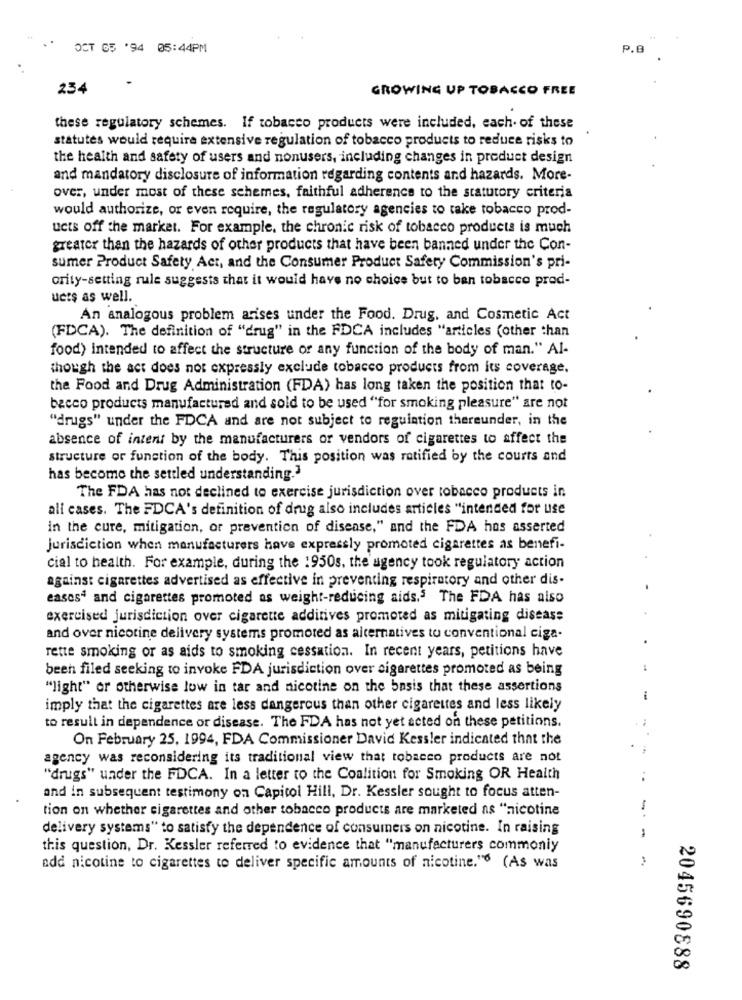
OCT 05 '94 05:44PM
P.B
234
GROWING UP TOBACCO FREE
these regulatory schemes. If tobacco products were included, each. of these
statutes would require extensive regulation of tobacco products to reduce risks to
the health and safety of users and nonusers, including changes in product design
and mandatory disclosure of information regarding contents and hazards. More-
over, under most of these schemes, faithful adherence to the statutory criteria
would authorize, or even require, the regulatory agencies to take tobacco prod-
ucts off the market. For example, the chronic risk of tobacco products is much
greater than the hazards of other products that have been banned under the Con-
sumer Product Safety Act, and the Consumer Product Safety Commission's pri-
ority-setting rule suggests that it would have no choice but to ban tobacco prod-
uers as well.
An analogous problem arises under the Food. Drug, and Cosmetic Act
(FDCA). The definition of "drug" in the FDCA includes "articles (other than
food) intended to affect the structure or any function of the body of man." Al-
though the act does not expressly exclude tobacco products from its coverage.
the Food and Drug Administration (FDA) has long taken the position that to-
becco products manufactured and sold to be used "for smoking pleasure" are not
"drugs" under the FDCA and are not subject to regulation thereunder, in the
absence of intent by the manufacturers or vendors of cigarettes to affect the
structure or function of the body. This position was ratified by the courts and
has become the settled understanding."
The FDA has not declined to exercise jurisdiction over tobacco products in
all cases. The FDCA's definition of drug also includes articles "intended for use
in the cure, mitigation, or prevention of disease," and the FDA hos asserted
.
Jurisdiction when manufacturers have expressly promoted cigarettes as benefi-
cial to health. For example, during the 1950s, the agency took regulatory action
against cigarettes advertised as effective in preventing respiratory and other dis-
eases4 and cigarettes promoted as weight-reducing aids.3 The FDA has also
exercised jurisdiction over cigarette additives promoted as mitigating disease
and over nicotine delivery systems promoted as alternatives to conventional ciga-
rette smoking or as aids to smoking cessation. In recent years, petitions have
been filed seeking to invoke FDA jurisdiction over cigarettes promoted as being
"light" or otherwise low in tar and nicotine on the basis that these assertions
-
imply that the cigarettes are less dangerous than other cigarettes and less likely
to result in dependence or disease. The FDA has not yet acted on these petitions.
On February 25. 1994, FDA Commissioner David Kessler indicated that the
agency was reconsidering its traditional view that tobacco products are not
"drugs" under the FDCA. In a letter to the Coalition for Smoking OR Health
..
and in subsequent testimony on Capitol Hill, Dr. Kessler sought to focus atten-
tion on whether cigarettes and other tobacco products are marketed as "nicotine
delivery systems" to satisfy the dependence of consumers on nicotine. In raising
this question, Dr. Kessler referred to evidence that "manufacturers commonly
add nicotine to cigarettes to deliver specific amounts of nicotine."6 (As was
2045690888